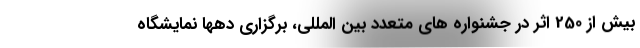
بیش از 250 اثر در جشنواره های متعدد بین المللی، برگزاری دهها نمایشگاه